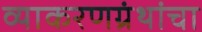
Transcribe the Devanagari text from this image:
व्याकरणग्रंथांचा